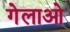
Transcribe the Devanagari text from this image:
गेलाओ